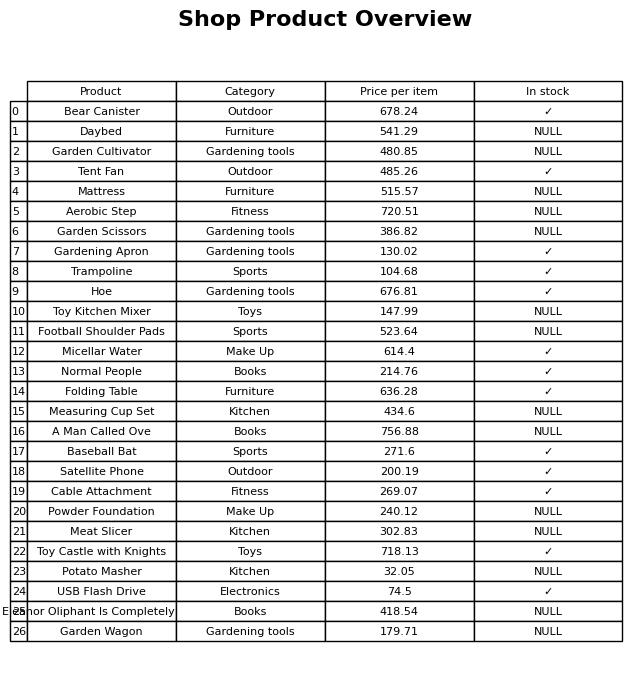
question: Is the Baseball Bat in stock?
answer: ✓